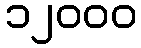
၁၂၀၀၀